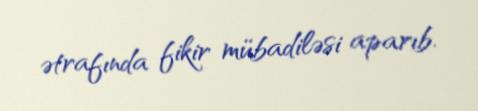
ətrafında fikir mübadiləsi aparıb.